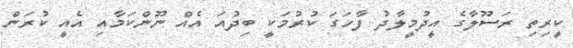
ކީރިތި ރަސޫލާގެ އީދުމީލާދު ފާހަގަ ކުރުމަކީ ބިދުއަ އެއް ނޫންކަމާއި އެއީ ކުރަން